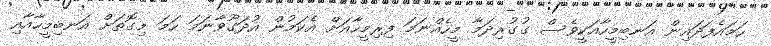
ހަމައެފަދައިން އަނބިމީހާއަކީވެސް ގުގުރިދަމާ މީހެއްނަމަ ފިރިމީހާއަށް އެކަމުން އުދަގޫވާނަމަ ހަމަ މިގޮތަށް އަނބިމީހާއާއި